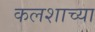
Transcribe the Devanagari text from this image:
कलशाच्या